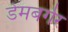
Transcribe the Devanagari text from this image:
डेमबर्गर